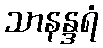
သာနန္ဒရံ